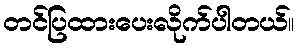
တင်ပြထားပေးလိုက်ပါတယ်။